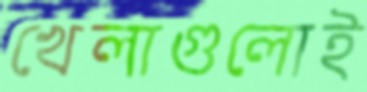
খেলাগুলোই